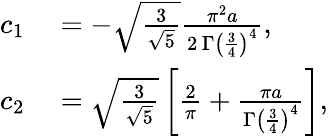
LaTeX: \begin{array}{rl}{c_{1}}&{{}=-\sqrt{\frac{3}{\sqrt{5}}}\frac{\pi^{2}a}{2\, \Gamma\left(\frac{3}{4}\right)^{4}},}\\ {c_{2}}&{{}=\sqrt{\frac{3}{\sqrt{5}}}\left[\frac{2}{\pi}+\frac{\pi a}{\Gamma\left(\frac{3}{4}\right)^{4}}\right],}\end{array}